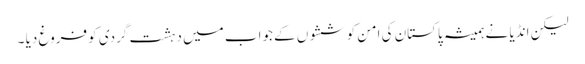
لیکن انڈیا نے ہمیشہ پاکستان کی امن کوششوں کے جواب میں دہشت گردی کو فروغ دیا ۔